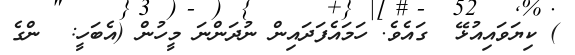
) ކިޔަވައިއުޅޭ  ގައެވެ. ހަމައެފަދައިން ނުދަންނަ މީހުން (އެބަހީ:  ންގެ